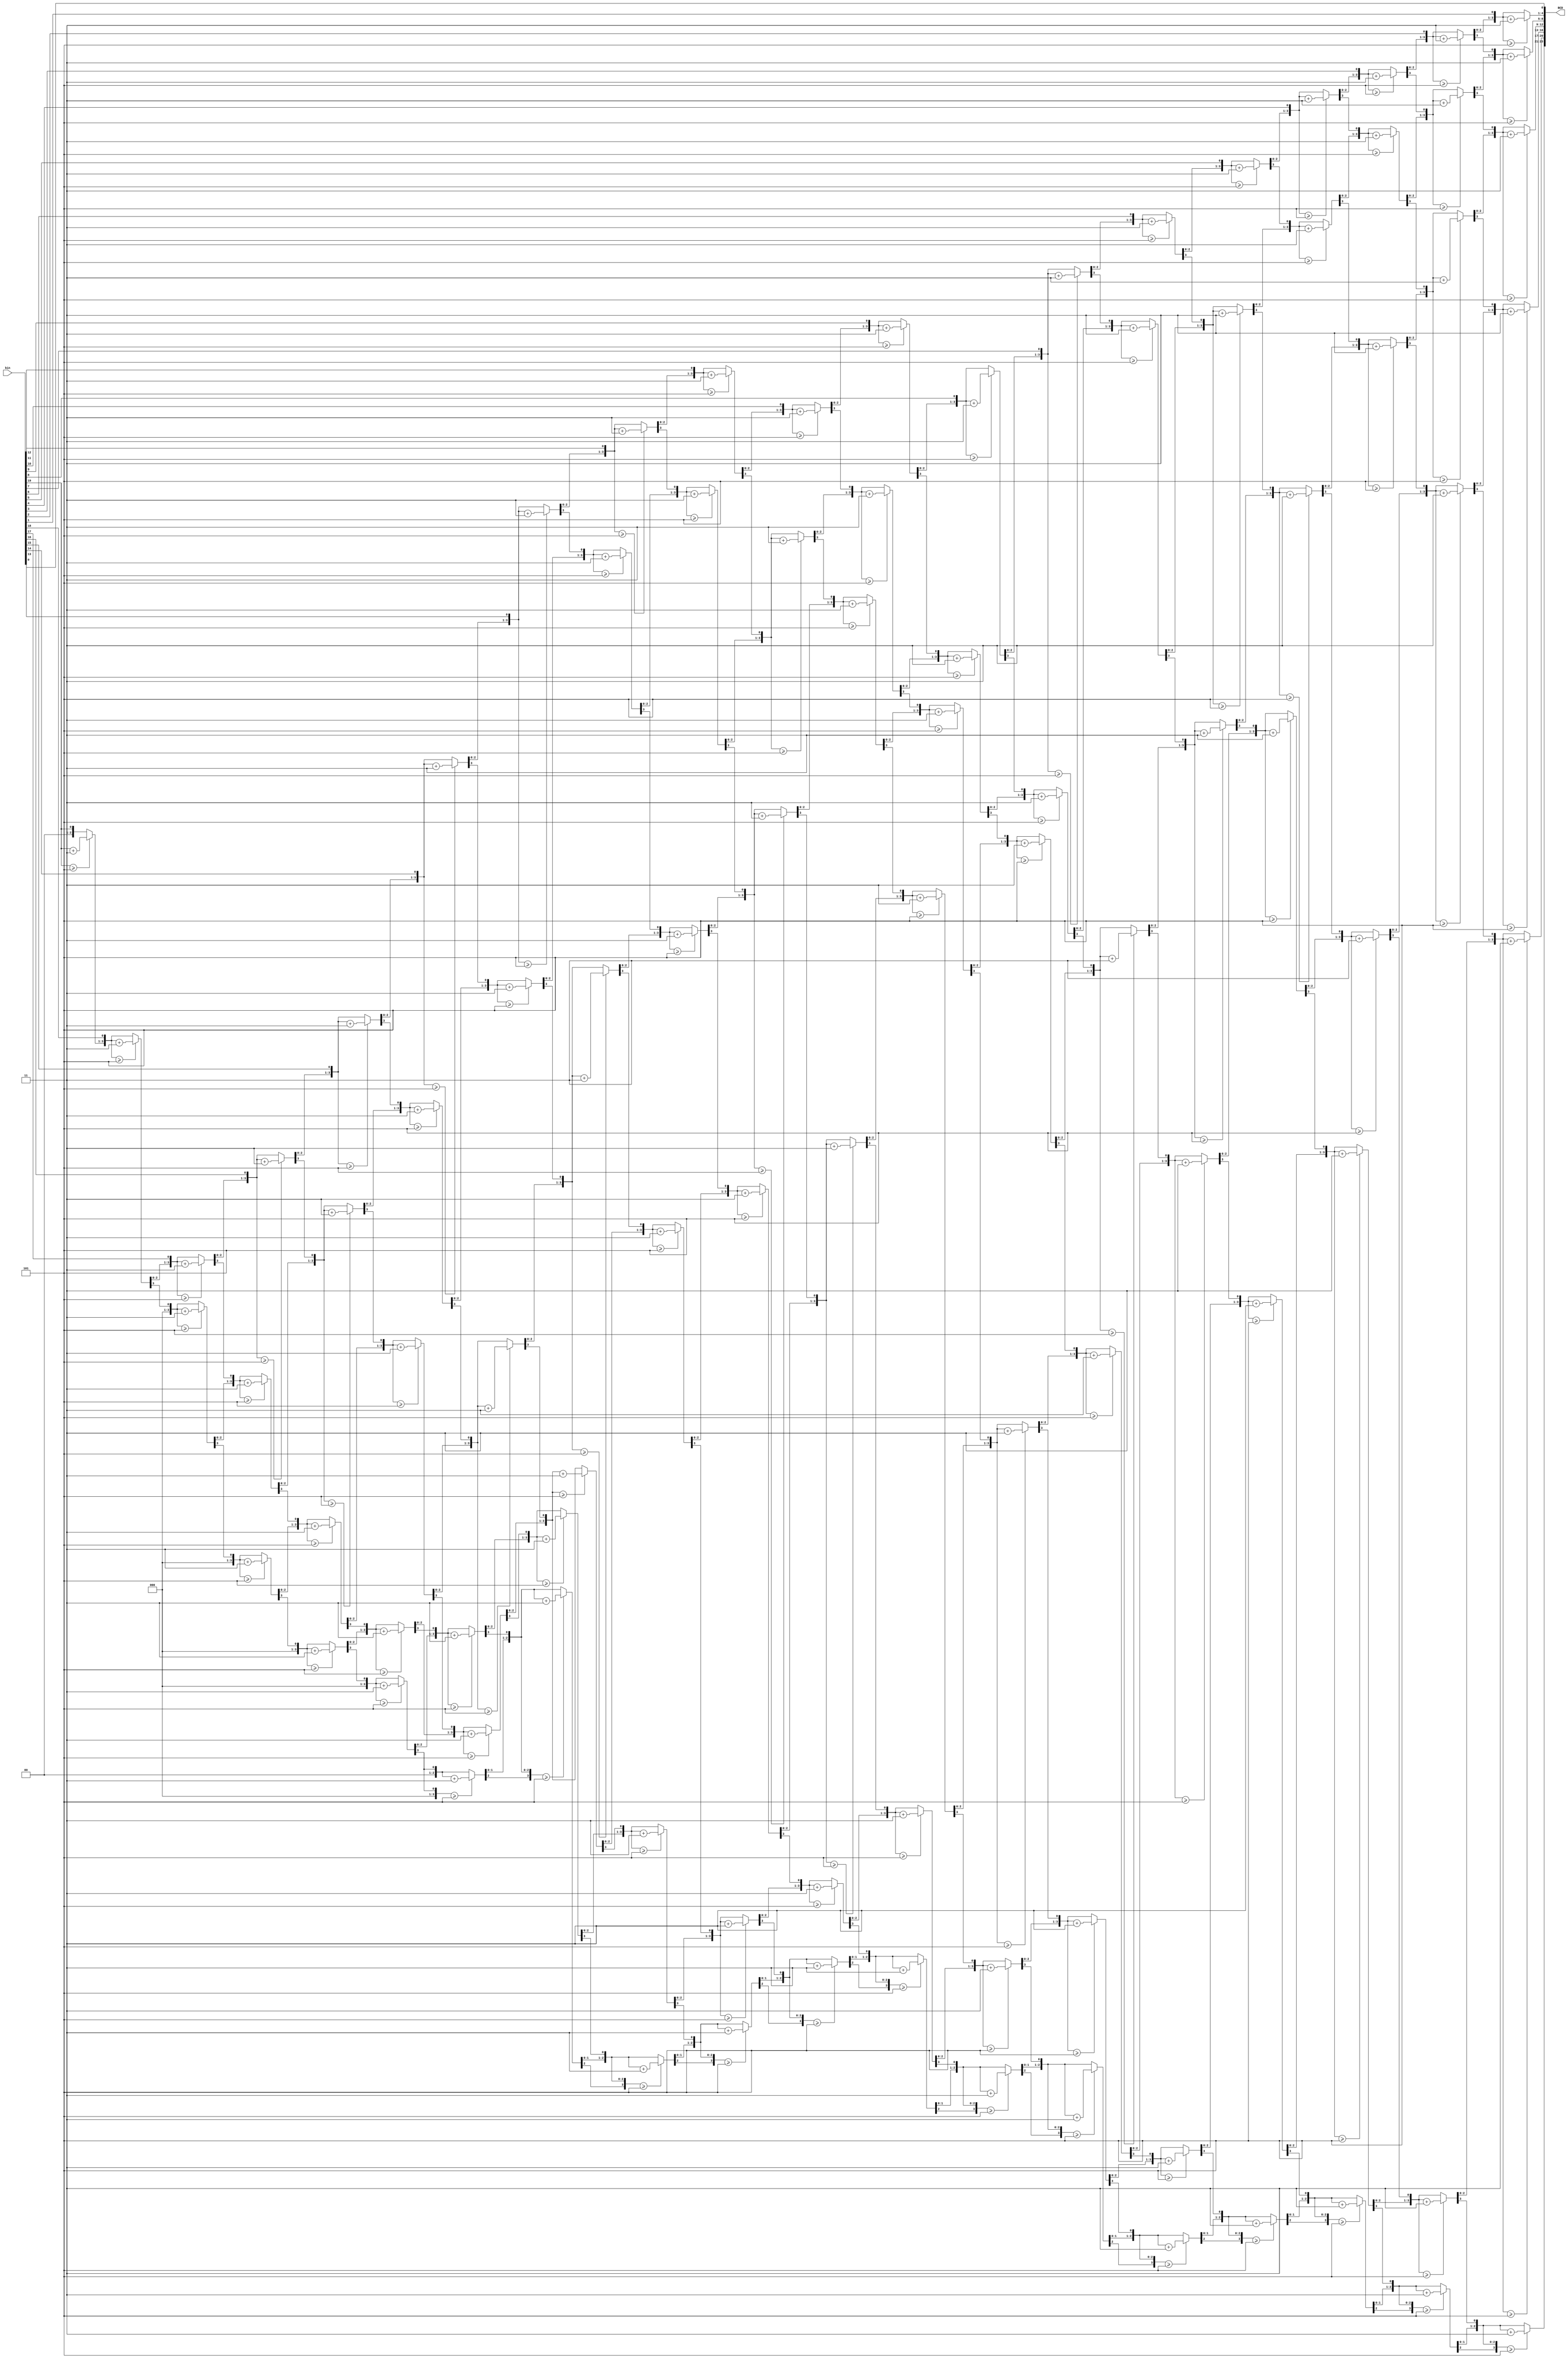
`timescale 1ns / 1ps

module bin_to_BCD_converter(
    input wire [19:0] bin,    
    output reg [23:0] BCD 
    );
    
    integer i;
    
    always @* begin
      BCD = 0;             
      for (i = 0; i < 20; i = i+1) begin
        if (BCD[3:0] >= 5) BCD[3:0] = BCD[3:0] + 3;
        if (BCD[7:4] >= 5) BCD[7:4] = BCD[7:4] + 3;
        if (BCD[11:8] >= 5) BCD[11:8] = BCD[11:8] + 3;
        if (BCD[15:12] >= 5) BCD[15:12] = BCD[15:12] + 3;
        if (BCD[19:16] >= 5) BCD[19:16] = BCD[19:16] + 3;
        if (BCD[23:20] >= 5) BCD[23:20] = BCD[23:20] + 3;
      BCD = {BCD[22:0],bin[19-i]};
      end
    end
    endmodule